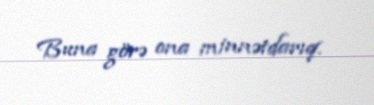
Buna görə ona minnətdarıq.